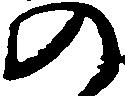
の